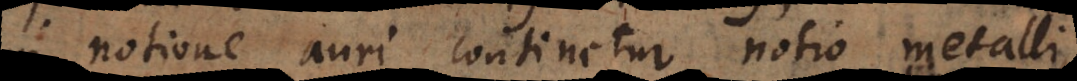
notione auri continetur notio metalli